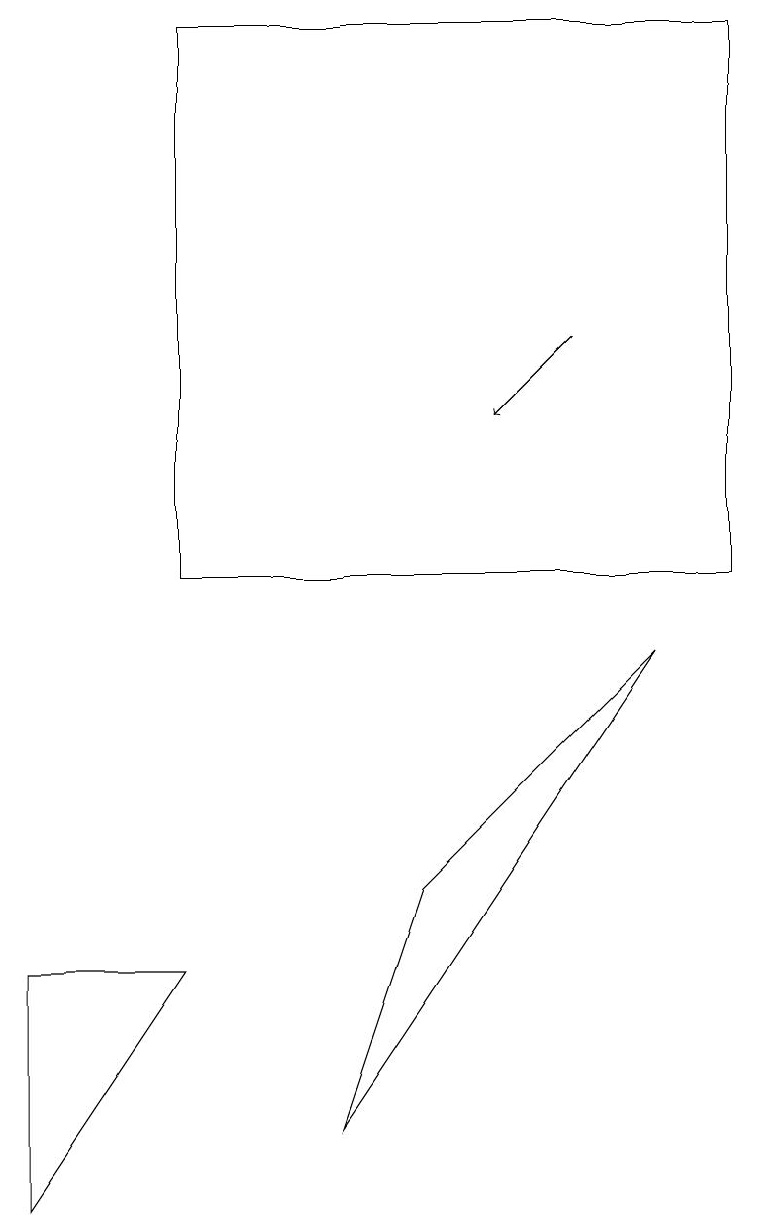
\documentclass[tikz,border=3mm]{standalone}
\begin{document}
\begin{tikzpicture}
\draw (8,9) -- (5,6) -- (4,3) -- cycle;
\draw (0,5) -- (0,2) -- (2,5) -- cycle;
\draw (2,17) rectangle (9,10);
\draw[->] (7,13) -- (6,12);
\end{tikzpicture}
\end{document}